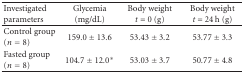
<table><thead><tr><td><b> Investigated Parameters</b></td><td><b>Glycemia (mg/dL)</b></td><td><b>Body weight <i>t </i>= 0 (g)</b></td><td><b>Body weight <i>t </i>= 24 h (g)</b></td></tr></thead><tbody><tr><td>Control group (<i>n</i> = 8)</td><td>159.0 ± 13.6</td><td>53.43 ± 3.2</td><td>53.77 ± 3.3</td></tr><tr><td>Fasted group (<i>n</i> = 8)</td><td>104.7 ± 12.0*</td><td>53.03 ± 3.7</td><td>50.77 ± 4.8</td></tr></tbody></table>